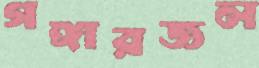
গঙ্গারজল